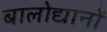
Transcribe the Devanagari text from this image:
बालोद्यानों